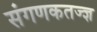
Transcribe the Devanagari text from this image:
संगणकतज्‍ज्ञ